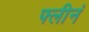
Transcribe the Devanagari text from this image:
फ्लीनं